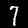
Digit: 7